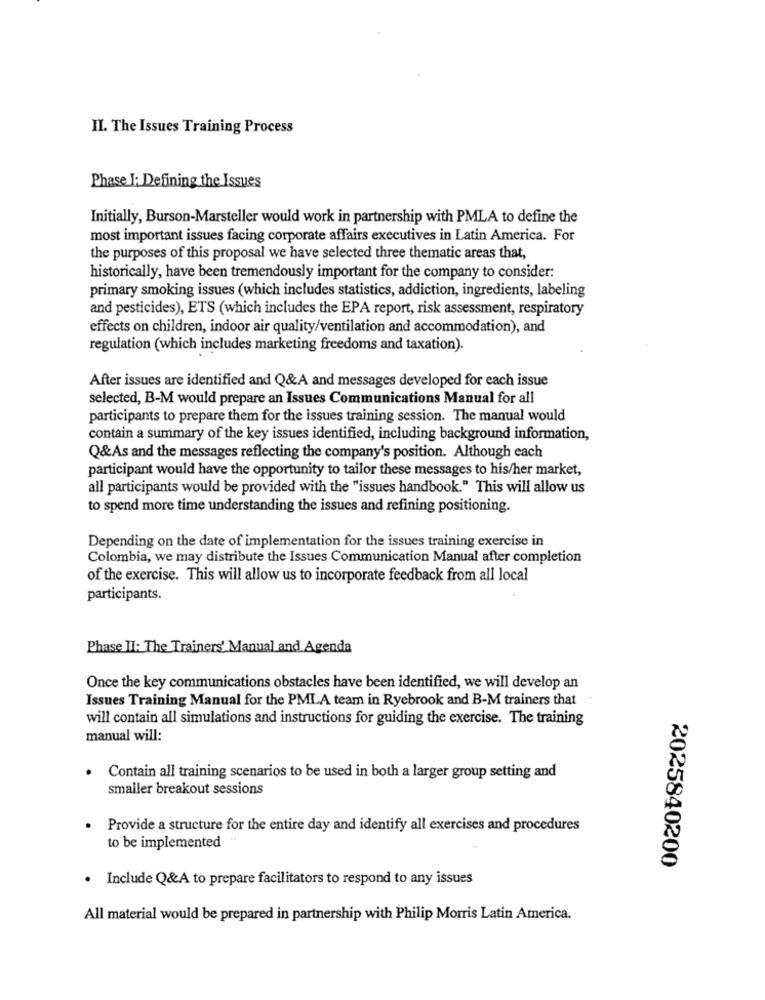
II. The Issues Training Process
Phase J: Defining the Issues
Initially, Burson-Marsteller would work in partnership with PMLA to define the
most important issues facing corporate affairs executives in Latin America. For
the purposes of this proposal we have selected three thematic areas that,
historically, have been tremendously important for the company to consider:
primary smoking issues (which includes statistics, addiction, ingredients, labeling
and pesticides), ETS (which includes the EPA report, risk assessment, respiratory
effects on children, indoor air quality/ventilation and accommodation), and
regulation (which includes marketing freedoms and taxation).
After issues are identified and Q&A and messages developed for each issue
selected, B-M would prepare an Issues Communications Manual for all
participants to prepare them for the issues training session. The manual would
contain a summary of the key issues identified, including background information,
Q&As and the messages reflecting the company's position. Although each
participant would have the opportunity to tailor these messages to his/her market,
all participants would be provided with the "issues handbook." This will allow us
to spend more time understanding the issues and refining positioning.
Depending on the date of implementation for the issues training exercise in
Colombia, we may distribute the Issues Communication Manual after completion
of the exercise. This will allow us to incorporate feedback from all local
participants.
Phase II: The Trainers' Manual and Agenda
Once the key communications obstacles have been identified, we will develop an
Issues Training Manual for the PMLA team in Ryebrook and B-M trainers that
will contain all simulations and instructions for guiding the exercise. The training
manual will:
Contain all training scenarios to be used in both a larger group setting and
smaller breakout sessions
Provide a structure for the entire day and identify all exercises and procedures
to be implemented
2025840200
. Include Q&A to prepare facilitators to respond to any issues
All material would be prepared in partnership with Philip Morris Latin America.